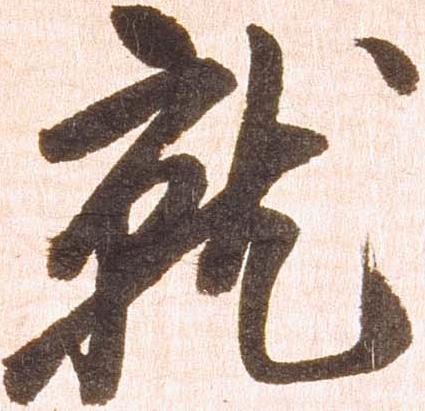
就